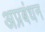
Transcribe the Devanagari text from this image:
अप्रबंधन